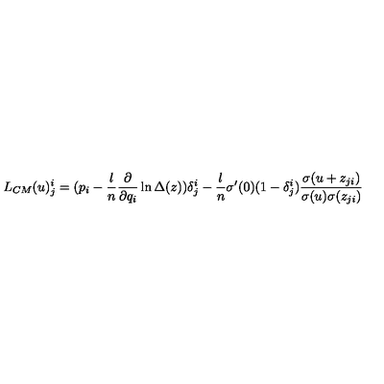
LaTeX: L _ { C M } ( u ) _ { j } ^ { i } = ( p _ { i } - \frac { l } { n } \frac { \partial } { \partial q _ { i } } \ln \Delta ( z ) ) \delta _ { j } ^ { i } - \frac { l } { n } \sigma ^ { \prime } ( 0 ) ( 1 - \delta _ { j } ^ { i } ) \frac { \sigma ( u + z _ { j i } ) } { \sigma ( u ) \sigma ( z _ { j i } ) }